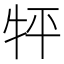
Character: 𤘾